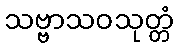
သဗ္ဗာသဝသုတ္တံ